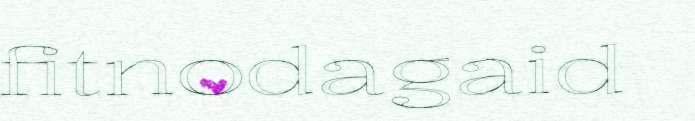
fitnodagaid